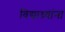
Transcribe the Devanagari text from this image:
विद्याथ्र्यांना